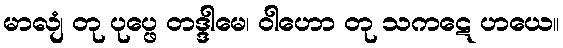
မာလျံ တု ပုပ္ဖေ တဒ္ဒါမေ၊ ဝါဟော တု သကဋေ ဟယေ။